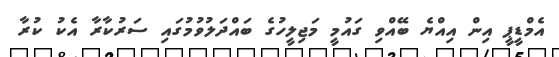
އެމްޑީޕީ އިން އިއްޔެ ބޭއްވި ގައުމީ މަޖިލީހުގެ ބައްދަލުވުމުގައި ސަރުކާރާ އެކު ކުރާ